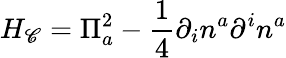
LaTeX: H_{\mathscr{C}}=\Pi_{a}^{2}-\frac{{1}}{{4}}\partial_{i}n^{a}\partial^{i}n^{a}